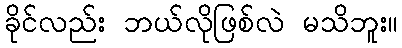
ခိုင်လည်း ဘယ်လိုဖြစ်လဲ မသိဘူး။